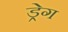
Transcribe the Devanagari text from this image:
ड्रेग